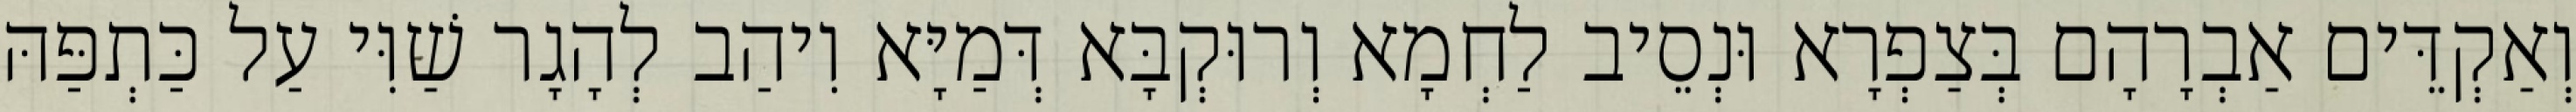
וְאַקְדֵּים אַבְרָהָם בְּצַפְרָא וּנְסֵיב לַחְמָא וְרוּקְבָּא דְּמַיָּא וִיהַב לְהָגָר שַׁוִּי עַל כַּתְפַּהּ